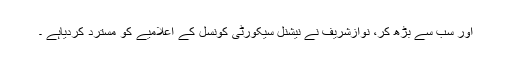
اور سب سے بڑھ کر، نوازشریف نے نیشنل سیکورٹی کونسل کے اعلامیے کو مسترد کردیاہے ۔